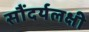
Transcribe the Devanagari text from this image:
सौंदर्यलक्षी